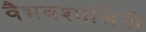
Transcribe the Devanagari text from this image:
वैभवशालिनी